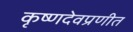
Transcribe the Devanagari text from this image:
कृष्णदेवप्रणीत